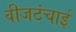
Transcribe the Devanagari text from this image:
वीजटंचाई